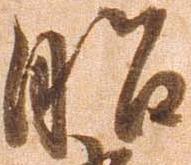
昭